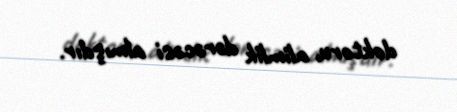
doktoru, alimlik dərəcəsi almışdır.